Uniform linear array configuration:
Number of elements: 8
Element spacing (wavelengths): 0.25
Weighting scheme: binomial
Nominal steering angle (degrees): -15
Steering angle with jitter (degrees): -13.473
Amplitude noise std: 0.05
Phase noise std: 0.05

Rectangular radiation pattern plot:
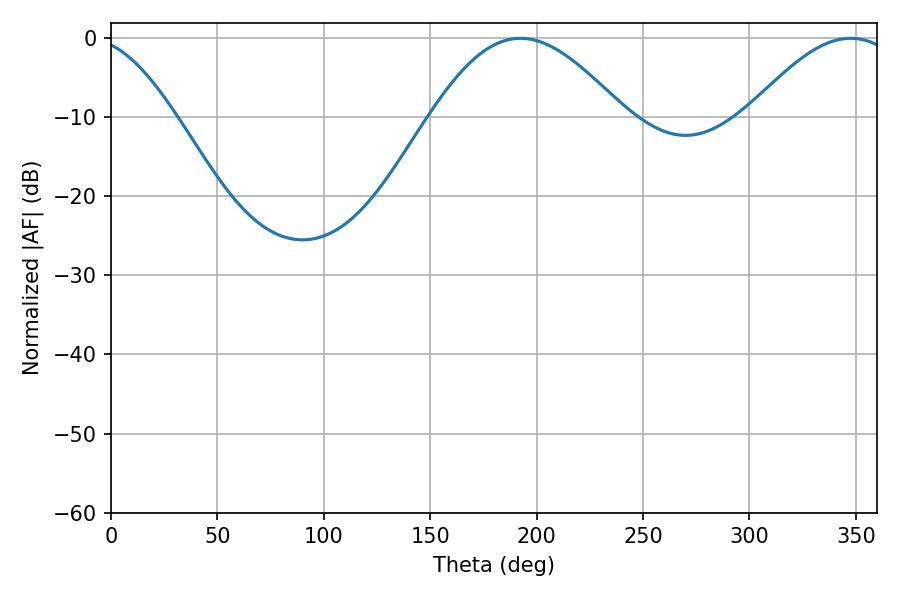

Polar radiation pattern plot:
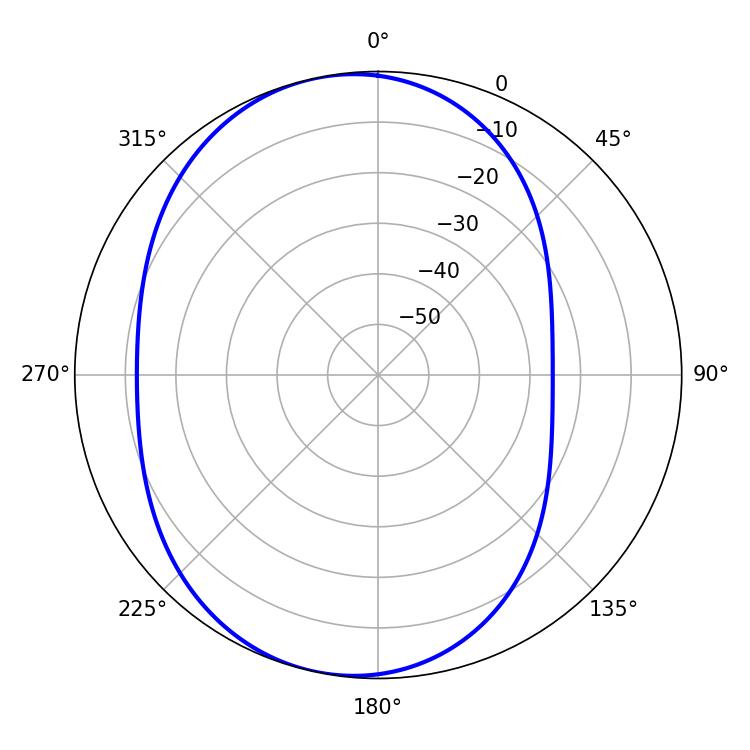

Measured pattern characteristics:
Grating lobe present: FALSE
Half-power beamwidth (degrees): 48.78
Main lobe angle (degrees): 192.42